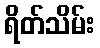
ရိတ်သိမ်း